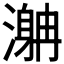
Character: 𣽯